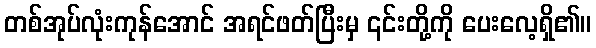
တစ်အုပ်လုံးကုန်အောင် အရင်ဖတ်ပြီးမှ ၎င်းတို့ကို ပေးလေ့ရှိ၏။